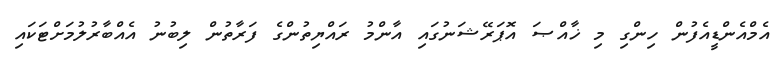
އެމްއެންޑީއެފުން ހިންގި މި ޚާއްޞަ އޮޕަރޭޝަނުގައި އާންމު ރައްޔިތުންގެ ފަރާތުން ލިބުނު އެއްބާރުލުމަށްޓަކައި